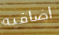
اضافيه